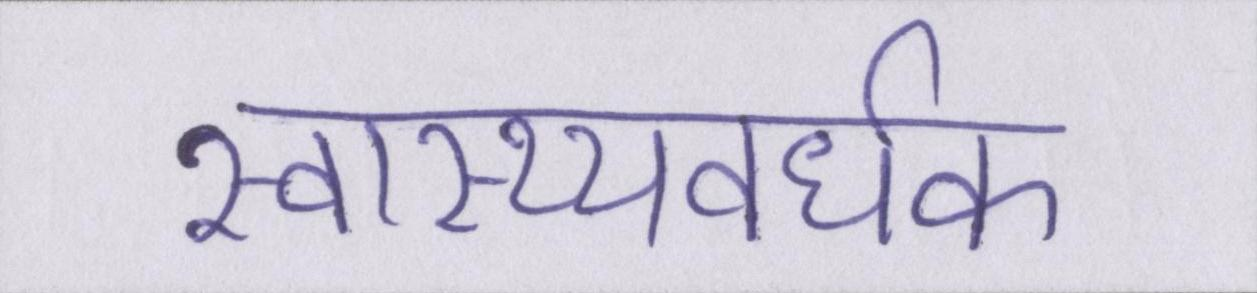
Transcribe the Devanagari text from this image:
स्वास्थ्यवर्धक